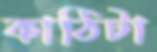
কাঠিটা